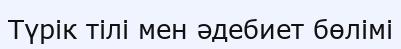
Түрік тілі мен әдебиет бөлімі